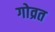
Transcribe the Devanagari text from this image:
गोव्रत